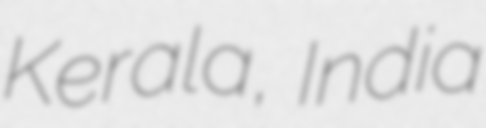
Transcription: Kerala, India